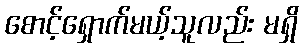
စောင့်ရှောက်မယ့်သူလည်း မရှိ